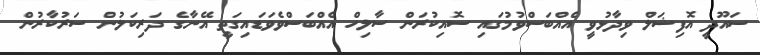
ސައޫދީ އޮފިޝަލް ވިދާޅުވީ އެއްބަސްވުމުގައި ސޮއިކުރަން ސާލިހް އެއްބަސްވެވަޑައިގަތީ އޭނާގެ ދަރިކަލުން ސަރުކާރުން